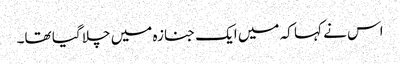
اس نے کہا کہ میں ایک جنازہ میں چلا گیا تھا۔